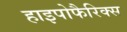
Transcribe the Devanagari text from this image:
हाइपोफैरिक्स